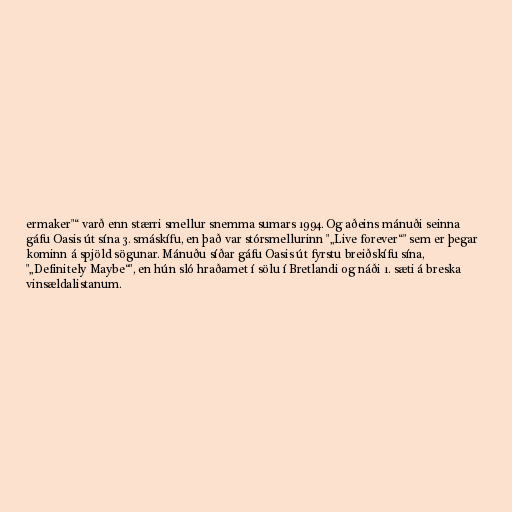
ermaker"“ varð enn stærri smellur snemma sumars 1994. Og aðeins mánuði seinna
gáfu Oasis út sína 3. smáskífu, en það var stórsmellurinn "„Live forever“" sem er þegar
kominn á spjöld sögunar. Mánuðu síðar gáfu Oasis út fyrstu breiðskífu sína,
"„Definitely Maybe“", en hún sló hraðamet í sölu í Bretlandi og náði 1. sæti á breska
vinsældalistanum.